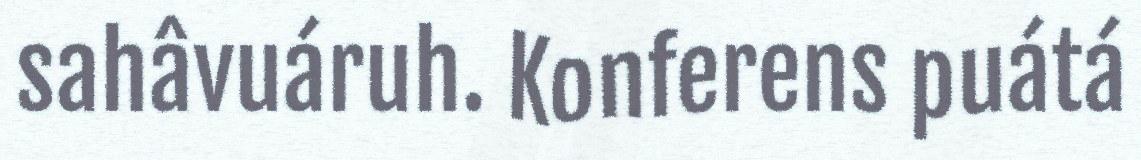
sahâvuáruh. Konferens puátá